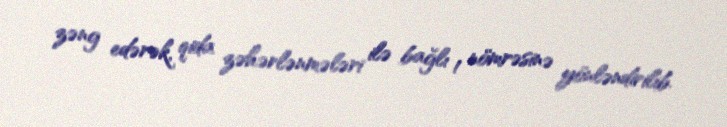
zəng edərək, qida zəhərlənmələri ilə bağlı 1 nömrəsinə yönləndirilib.